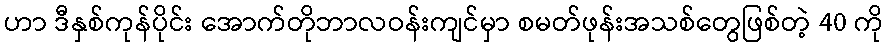
ဟာ ဒီနှစ်ကုန်ပိုင်း အောက်တိုဘာလဝန်းကျင်မှာ စမတ်ဖုန်းအသစ်တွေဖြစ်တဲ့ 40 ကို